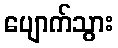
ပျောက်သွား